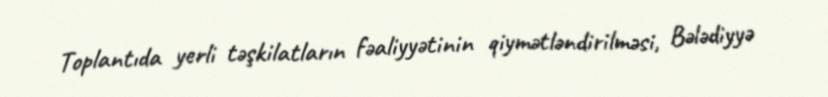
Toplantıda yerli təşkilatların fəaliyyətinin qiymətləndirilməsi, Bələdiyyə